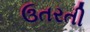
ઉતરતી